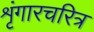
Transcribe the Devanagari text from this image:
शृंगारचरित्र